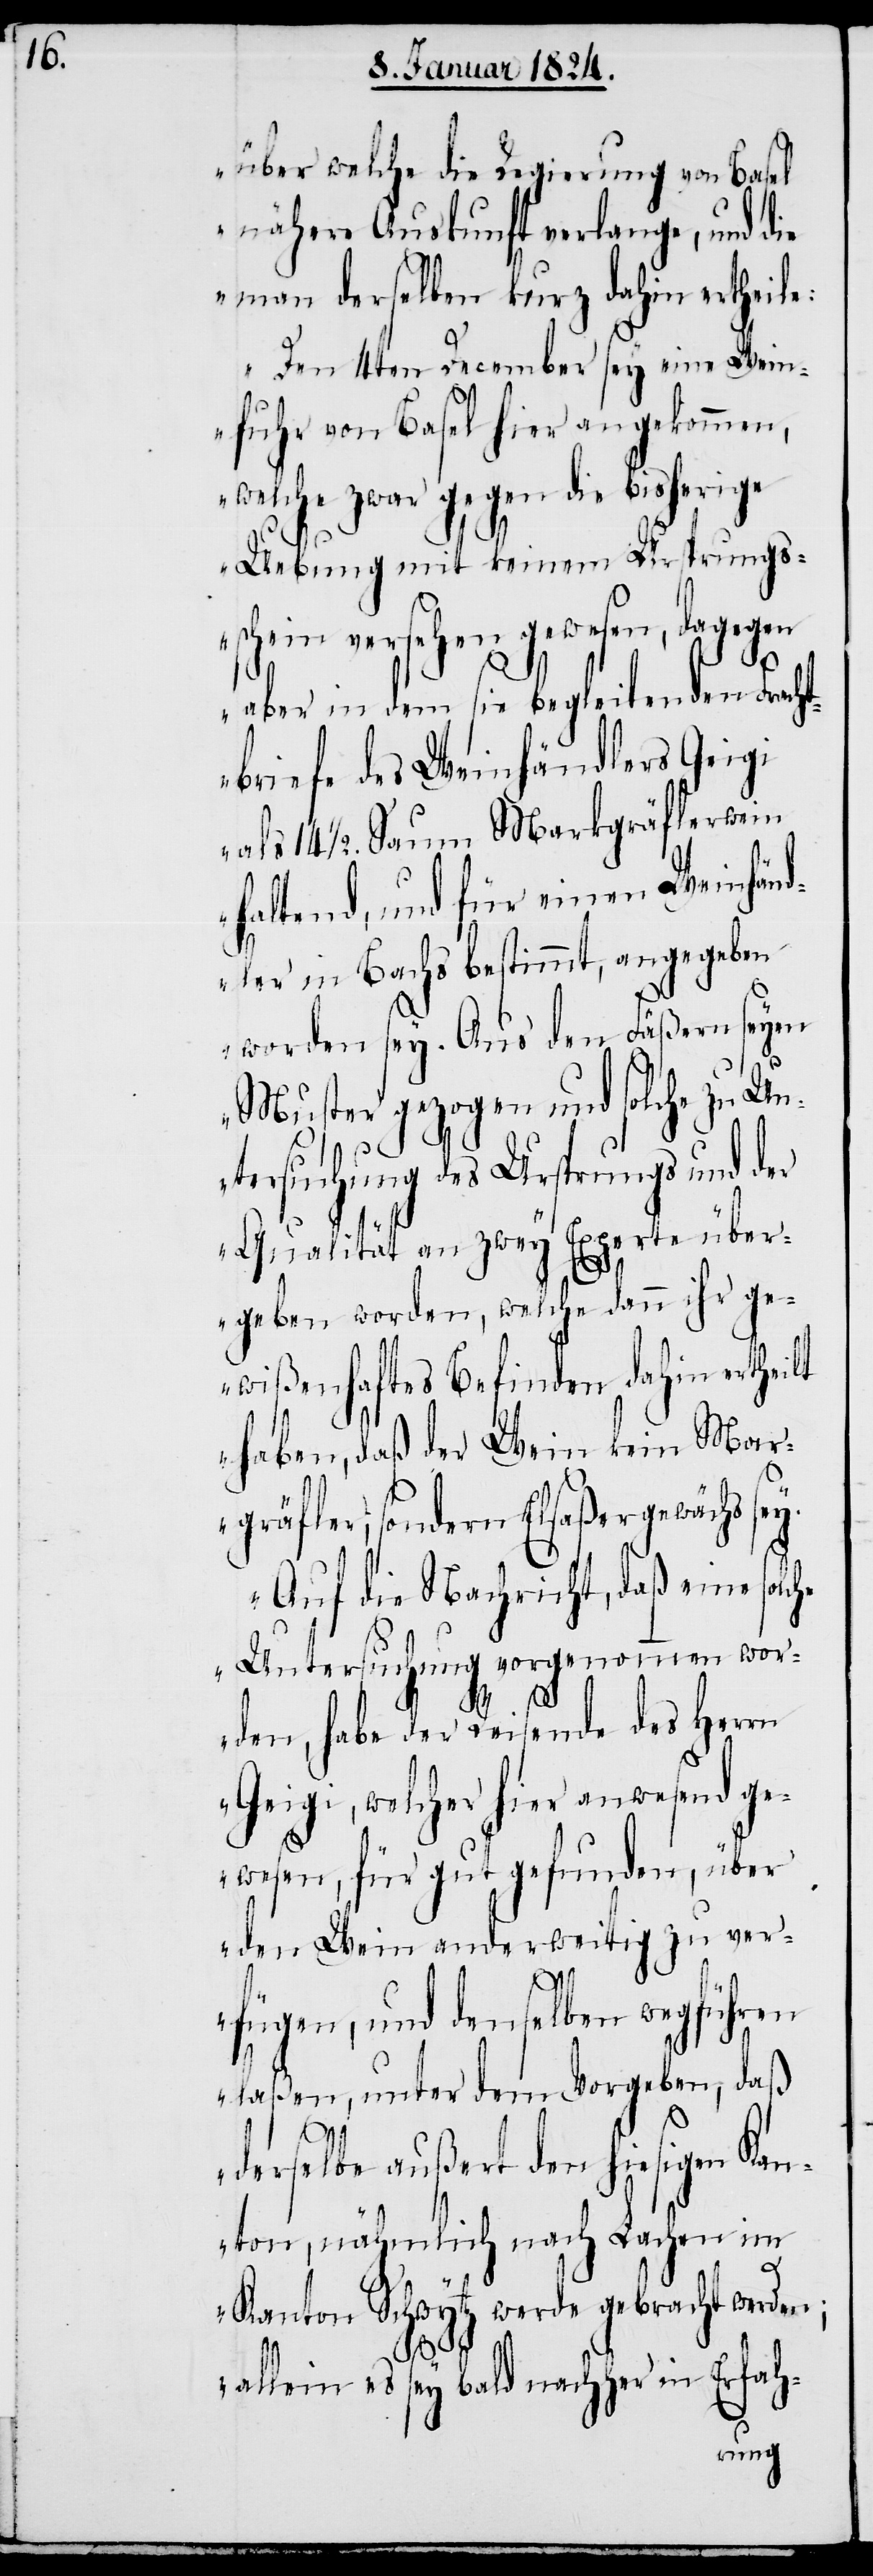
über welche die Regierung von Basel
nähere Auskunft verlange, und die
man derselben kurz dahin ertheile:
Den 4ten December sey eine Wein¬
fuhr von Basel hier angekommen,
welche zwar gegen die bisherige
Uebung mit keinem Ursprungs¬
schein versehen gewesen, dagegen
aber in dem sie begleitenden Fracht¬
briefe des Weinhändlers Geigi
14 1/2. Saum Markgräflerwein
haltend, und für einen Weinhän¬
dler in Nachs bestimmt, angegeben
worden sey. Aus den Fäßern seyen
Muster gezogen und solche zu Un¬
tersuchung des Ursprungs und der
Qualität an zwey Experte über¬
geben worden, welche dann ihr ge¬
wißenhaftes Befinden dahin ertheilt
haben, daß der Wein kein Mar¬
gräfler, sondern Elsaßergewächs
Auf diese Nachricht, daß eine solc¬
Untersuchung vorgenommen wor¬
den, habe der Reisende des Herrn
Geigi, welcher hier anwesend ge¬
wesen, für gut gefunden, über
den Wein anderweitig zu ver¬
he
fügen, und denselben wegführen
laßen, unter dem Vorgeben, daß
derselbe außert den hiesigen Kan¬
ton, nähmlich nach Lachen im
Kanton Schwytz werde gebracht werden;
allein es sey bald nachher in Erfah-